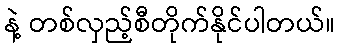
နဲ့ တစ်လှည့်စီတိုက်နိုင်ပါတယ်။